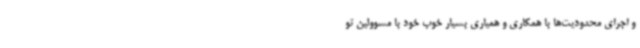
و اجرای محدودیت‌ها با همکاری و همیاری بسیار خوب خود با مسوولین تو